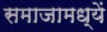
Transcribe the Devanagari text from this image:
समाजामध्यें